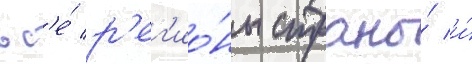
вс'е́ р'ег'ио́ны страны́ и́